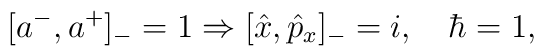
[a^{-}, a^{+}]_{-} = 1 \Rightarrow [\hat x,\hat p_{x}]_{-} =i, \quad \hbar=1,